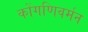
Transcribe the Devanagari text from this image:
कोंगणिवर्मन